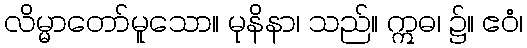
လိမ္မာတော်မူသော။ မုနိနာ၊ သည်။ ဣဓ၊ ၌။ ဧဝံ၊